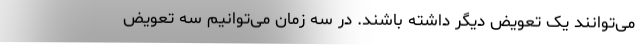
می‌توانند یک تعویض دیگر داشته باشند. در سه زمان می‌توانیم سه تعویض